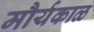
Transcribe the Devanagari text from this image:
मौर्यकाळ